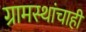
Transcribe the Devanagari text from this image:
ग्रामस्थांचाही